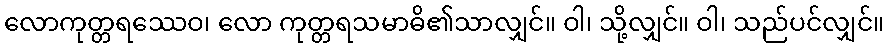
လောကုတ္တရဿေဝ၊ လော ကုတ္တရသမာဓိ၏သာလျှင်။ ဝါ၊ သို့လျှင်။ ဝါ၊ သည်ပင်လျှင်။